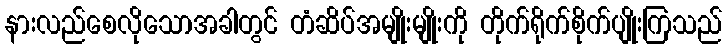
နားလည်စေလိုသောအခါတွင် တံဆိပ်အမျိုးမျိုးကို တိုက်ရိုက်စိုက်ပျိုးကြသည်